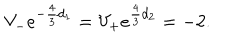
V _ { - } e ^ { - \frac { 4 } { 3 } d _ { 1 } } = V _ { + } e ^ { \frac { 4 } { 3 } d _ { 2 } } = - 2 .